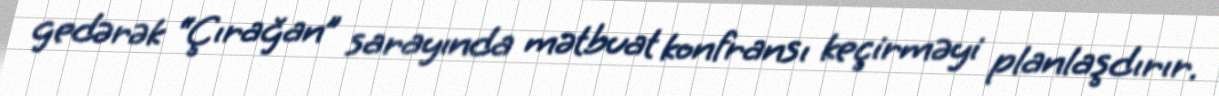
gedərək “Çırağan” sarayında mətbuat konfransı keçirməyi planlaşdırır.